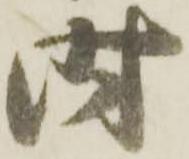
時